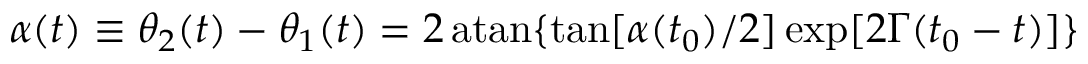
\alpha ( t ) \equiv \theta _ { 2 } ( t ) - \theta _ { 1 } ( t ) = 2 \, \mathrm { a t a n } \{ \mathrm { t a n } [ \alpha ( t _ { 0 } ) / 2 ] \, \mathrm { e x p } [ 2 \Gamma ( t _ { 0 } - t ) ] \}